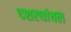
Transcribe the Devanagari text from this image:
दशरथांचल